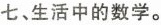
七、生活中的数学。